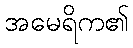
အမေရိက၏